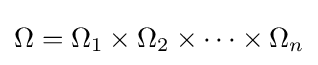
\Omega =\Omega _{1}\times \Omega _{2}\times \cdots \times \Omega _{n}